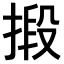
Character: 𢯫